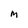
Character: M